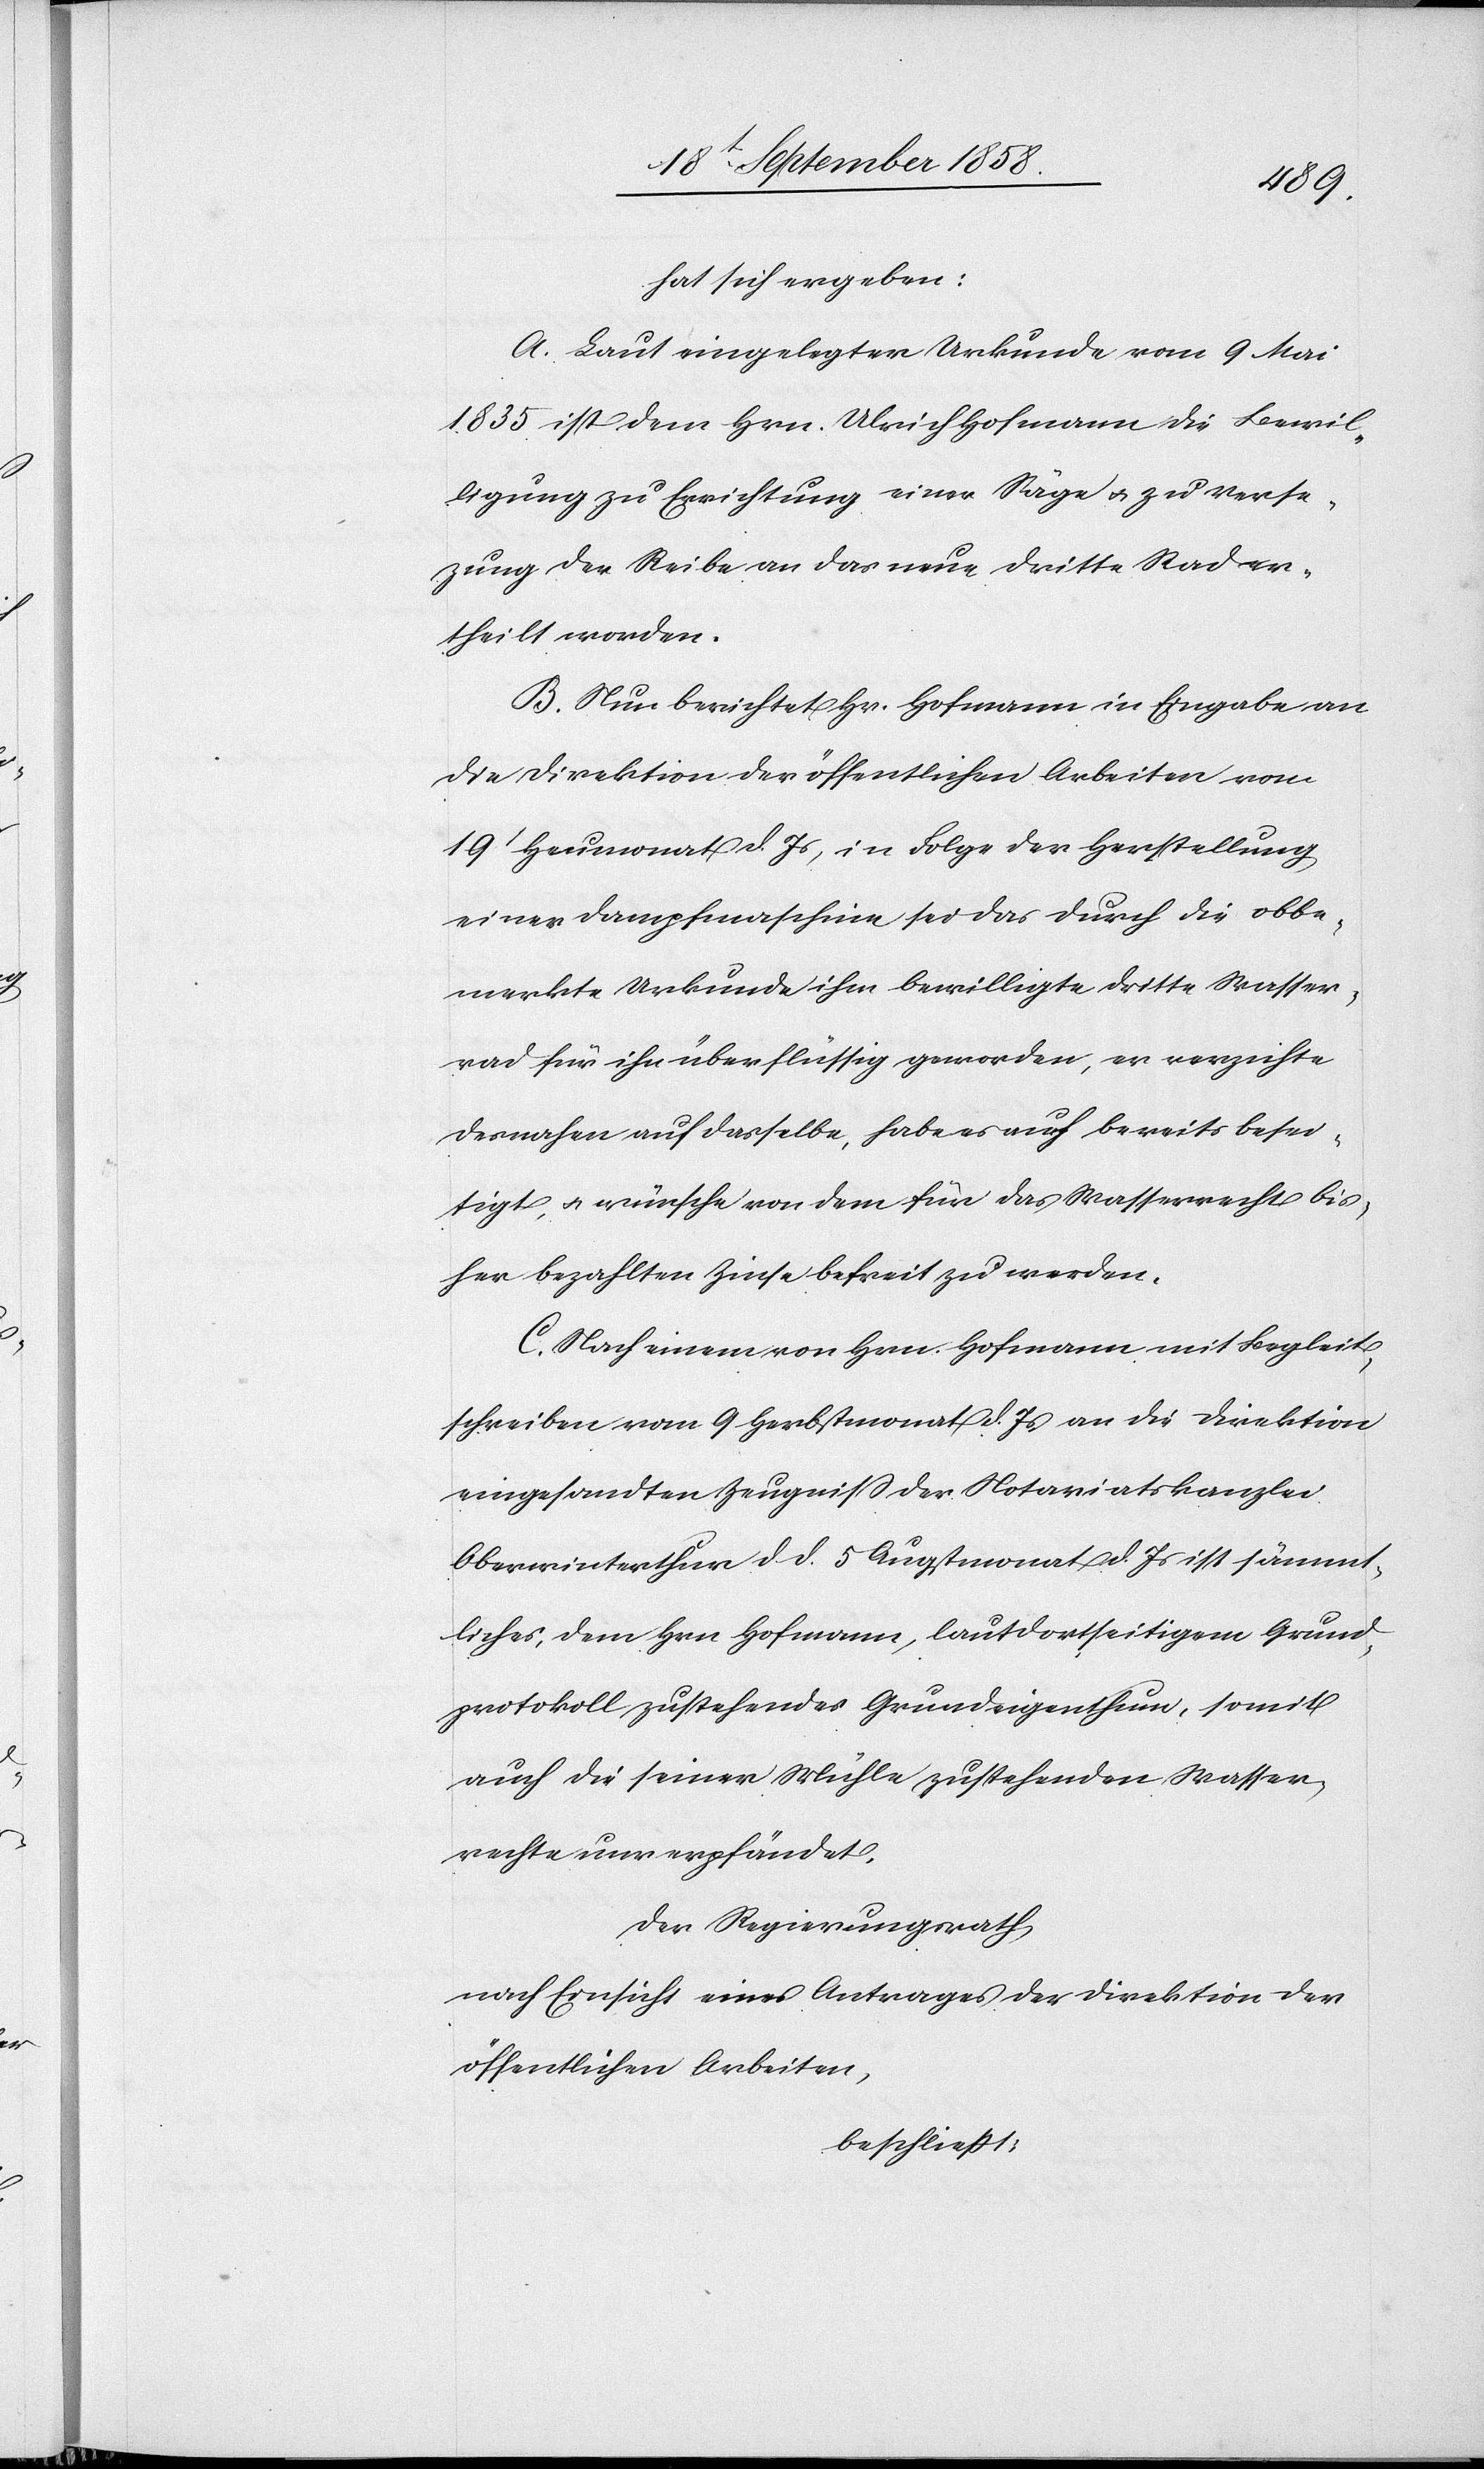
hat sich ergeben:
A. Laut eingelegter Urkunde vom 9 Mai
1835 ist dem Hrn. Ulrich Hofmann die Bewil¬
ligung zu Errichtung einer Säge & zu Vers¬
e[t]zung der Reibe an das neue dritte Rad er¬
theilt worden.
B. Nun berichtet Hr. Hofmann in Eingabe an
die Direktion der öffentlichen Arbeiten vom
19t Heumonat d. Js, in Folge der Herstellung
einer Dampfmaschine sei das durch die obbe¬
merkte Urkunde ihm bewilligte dritte Wasser¬
rad für ihn überflüssig geworden, er verzichte
desnahen auf dasselbe, habe es auch bereits besei¬
tigt, & wünsche von dem für das Wasserrecht bis¬
her bezahlten Zinse befreit zu werden.
C. Nach einem von Hrn. Hofmann mit Begleit¬
schreiben vom 9 Herbstmonat d. Js an die Direktion
eingesandten Zeugniss der Notariatskanzlei
Oberwinterthur d. d. 5 Augstmonat d. Js ist sämmt¬
liches, dem Hrn. Hofmann, laut dortseitigem Grund¬
protokoll zustehendes Grundeigenthum, somit
auch die seiner Mühle zustehenden Wasser¬
rechte unverpfändet.
Der Regierungsrath
nach Einsicht eines Antrages der Direktion der
öffentlichen Arbeiten,
beschließt: